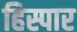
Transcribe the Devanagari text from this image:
हिस्पार